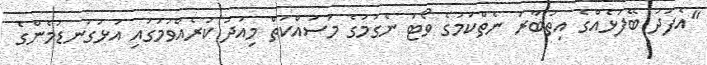
"އެފަދަ ބޭފުޅެއްގެ އިތުބާރު ނެތްކަމުގެ ވޯޓު ނެގުމުގެ މަސައްކަތް މިއަދު ކުރެއްވުމުގައި އަޅުގަނޑުމެންގެ